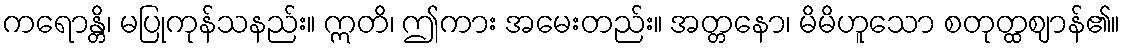
ကရောန္တိ၊ မပြုကုန်သနည်း။ ဣတိ၊ ဤကား အမေးတည်း။ အတ္တနော၊ မိမိဟူသော စတုတ္ထဈာန်၏။